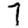
Digit: 7